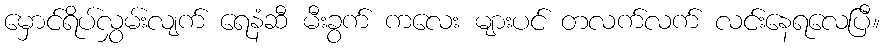
မှောင်ရိပ်လွှမ်းလျက် ရေနံဆီ မီးခွက် ကလေး များပင် တလက်လက် လင်းနေရလေပြီ။